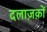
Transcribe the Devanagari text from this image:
दलाज़क़ों